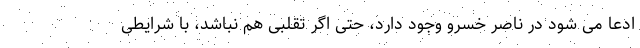
ادعا می شود در ناصر خسرو وجود دارد، حتی اگر تقلبی هم نباشد، با شرایطی